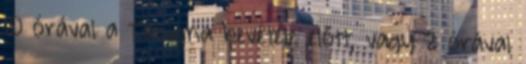
10 órával a Tasigna bevétele előtt, vagy 2 órával